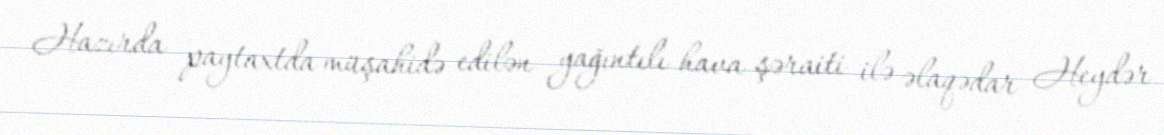
Hazırda paytaxtda müşahidə edilən yağıntılı hava şəraiti ilə əlaqədar Heydər